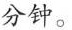
分钟。